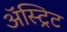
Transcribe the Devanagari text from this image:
अॅस्ट्रिट